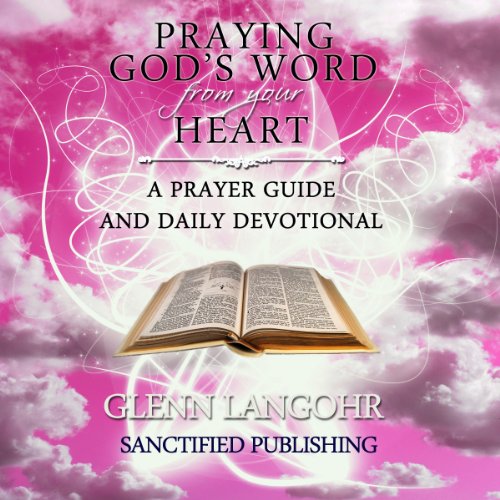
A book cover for Praying God's Word from Your Heart: A Prayer Guide and Daily Devotional; Glenn Langohr; Christian Books & Bibles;